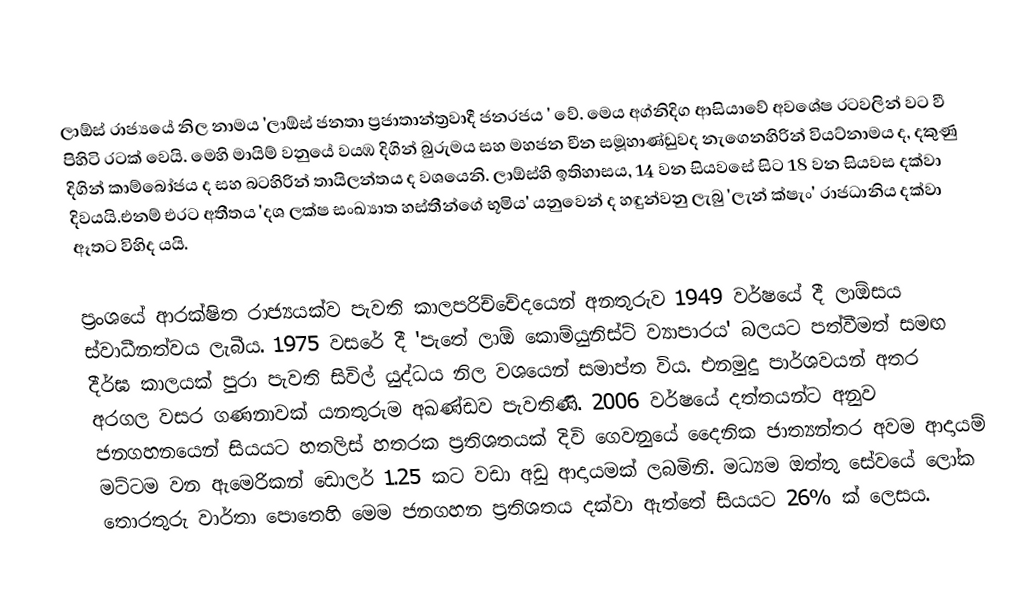
ලාඕස් රාජ්‍යයේ නිල නාමය 'ලාඕස් ජනතා ප්‍රජාතාන්ත්‍රවාදී ජනරජය ' වේ. මෙය අග්නිදිග ආසියාවේ අවශේෂ රටවලින් වට වී පිහිටි රටක් වෙයි. මෙහි මායිම් වනුයේ වයඹ දිගින් බුරුමය සහ මහජන චීන සමූහාණ්ඩුවද නැගෙනහිරින් වියට්නාමය ද, දකුණු දිගින් කාම්බෝජය ද සහ බටහිරින් තායිලන්තය ද වශයෙනි. ලාඕස්හි ඉතිහාසය, 14 වන සියවසේ සිට 18 වන සියවස දක්වා දිවයයි.එනම් එරට අතීතය 'දශ ලක්ෂ සංඛ්‍යාත හස්තීන්ගේ භූමිය' යනුවෙන් ද හඳුන්වනු ලැබු 'ලැන් ක්ෂැං' රාජධානිය දක්වා ඈතට විහිද යයි.

ප්‍රංශයේ ආරක්ෂිත රාජ්‍යයක්ව පැවති කාලපරිච්චේදයෙන් අනතුරුව 1949 වර්ෂයේ දී ලාඕසය ස්වාධීනත්වය ලැබීය. 1975 වසරේ දී 'පැ‍තේ ලාඕ කොම්යුනිස්ට් ව්‍යාපාරය' බලයට පත්වීමත් සමඟ දීර්ඝ කාලයක් පුරා පැවති සිවිල් යුද්ධය නිල වශයෙන් සමාප්ත විය. එනමුදු පාර්ශවයන් අතර අරගල වසර ගණනාවක් යනතුරුම අඛණ්ඩව පැවතිණි. 2006 වර්ෂයේ දත්තයන්ට අනුව ජනගහනයෙන් සියයට හතලිස් හතරක ප්‍රතිශතයක් දිවි ගෙවනුයේ දෛනික ජාත්‍යන්තර අවම ආදායම් මට්ටම වන ඇමෙරිකන් ඩොලර් 1.25 කට වඩා අඩු ආදායමක් ලබමිනි. මධ්‍යම ඔත්තු සේවයේ ලෝක ‍තොරතුරු වාර්තා පොතෙහි මෙම ජනගහන ප්‍රතිශතය දක්වා ඇත්තේ සියයට 26% ක් ලෙසය.